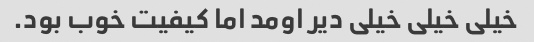
خیلی خیلی خیلی دیر اومد اما کیفیت خوب بود.